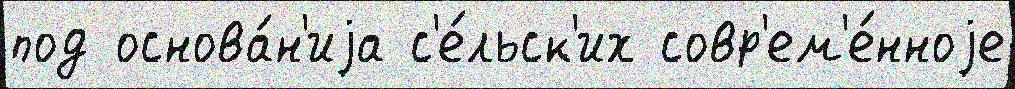
под основа́н'иjа с'е́льск'их совр'ем'е́нноjе